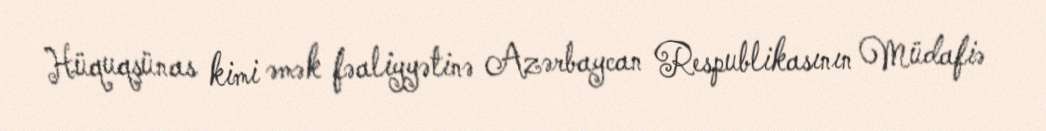
Hüquqşünas kimi əmək fəaliyyətinə Azərbaycan Respublikasının Müdafiə